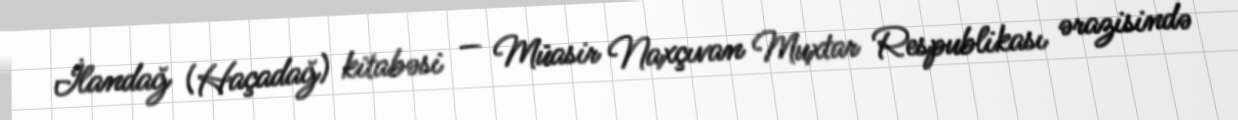
İlandağ (Haçadağ) kitabəsi — Müasir Naxçıvan Muxtar Respublikası ərazisində